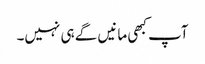
آپ کبھی مانیں گے ہی نہیں۔